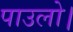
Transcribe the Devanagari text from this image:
पाउलो।